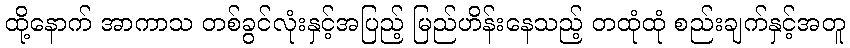
ထို့နောက် အာကာသ တစ်ခွင်လုံးနှင့်အပြည့် မြည်ဟိန်းနေသည့် တထုံထုံ စည်းချက်နှင့်အတူ